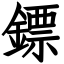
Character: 鏢